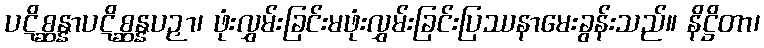
ပဋိစ္ဆန္နာပဋိစ္ဆန္နပဉှာ၊ ဖုံးလွှမ်းခြင်းမဖုံးလွှမ်းခြင်းပြဿနာမေးခွန်းသည်။ နိဋ္ဌိတာ၊